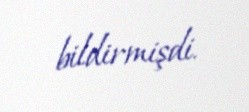
bildirmişdi.